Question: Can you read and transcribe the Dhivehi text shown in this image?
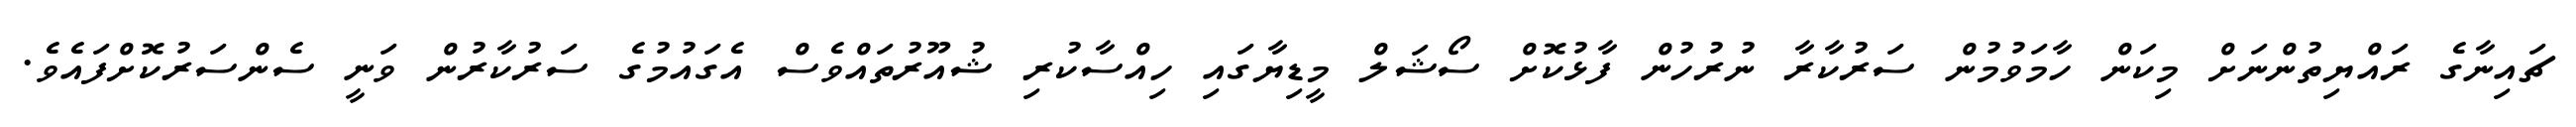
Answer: ޗައިނާގެ ރައްޔިތުންނަށް މިކަން ހާމަވުމުން ސަރުކާރާ ނުރުހުން ފާޅުކޮށް ސޯޝަލް މީޑިޔާގައި ހިއްސާކުރި ޝުއޫރުތައްވެސް އެގައުމުގެ ސަރުކާރުން ވަނީ ސެންސަރުކޮށްފައެވެ.